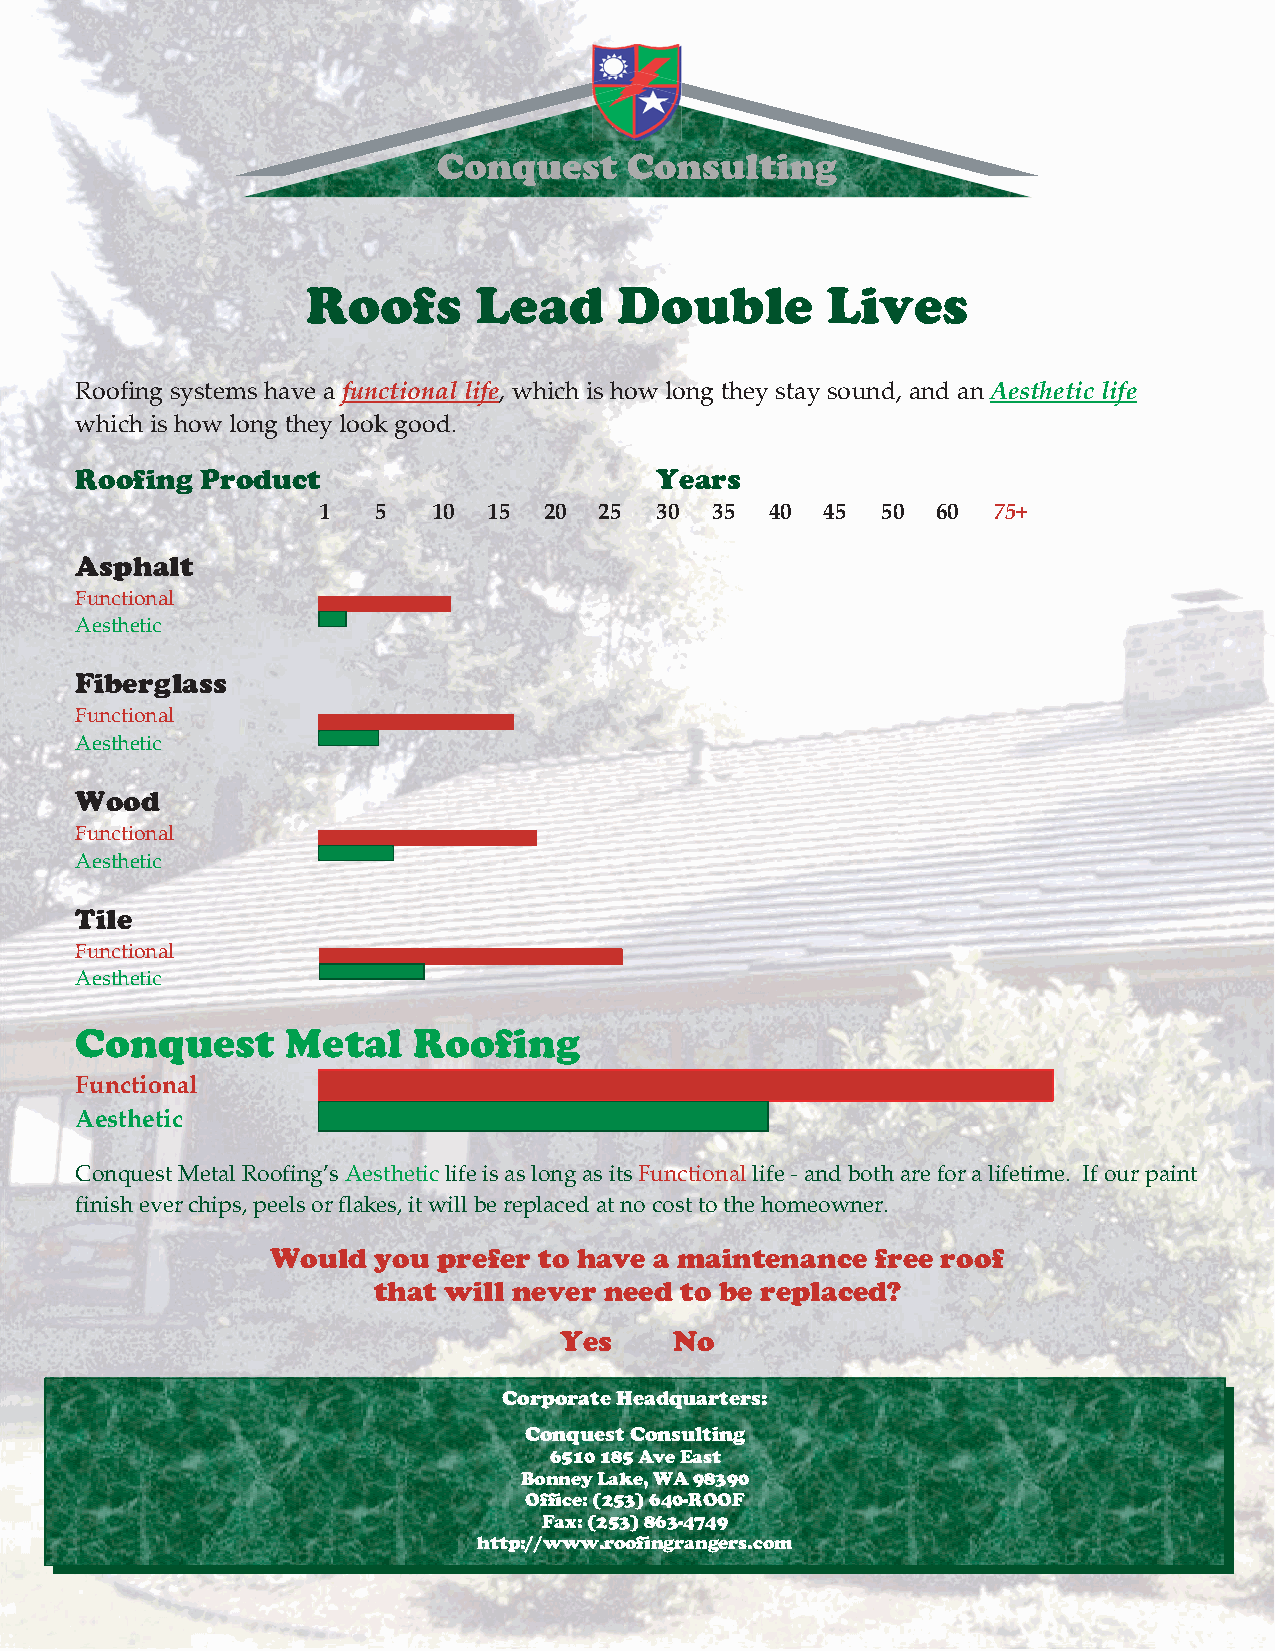
Roofs      Lead      Double        Lives
 Roofing systems have a functionallife,whichis how long theystaysound, andanAesthetic life
 whichis how long theylookgood.
 Roofing Product                       Years
 1   5   10 15  20  25 30  35  40 45  50  60  75+
 Asphalt
 Functional
 Aesthetic
 Fiberglass
 Functional
 Aesthetic
 Wood
 Functional
 Aesthetic
 Tile
 Functional
 Aesthetic
 Conquest      Metal   Roofing
 Functional
 Aesthetic        (40yearnofadewarranty)
 ConquestMetalRoofing’sAestheticlifeisaslongasitsFunctionallife-andbothareforalifetime. Ifourpaint
 finisheverchips,peelsorflakes,itwill bereplacedatnocosttothehomeowner.
 Would  you prefer to have a maintenance free roof
 that will never need to be replaced?
 Yes     No
 CorporateHeadquarters:
 ConquestConsulting
 6510185AveEast
 BonneyLake,WA98390
 Office:(253)640-ROOF
 Fax:(253)863-4749
 http://www.roofingrangers.com